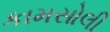
કામસોલી